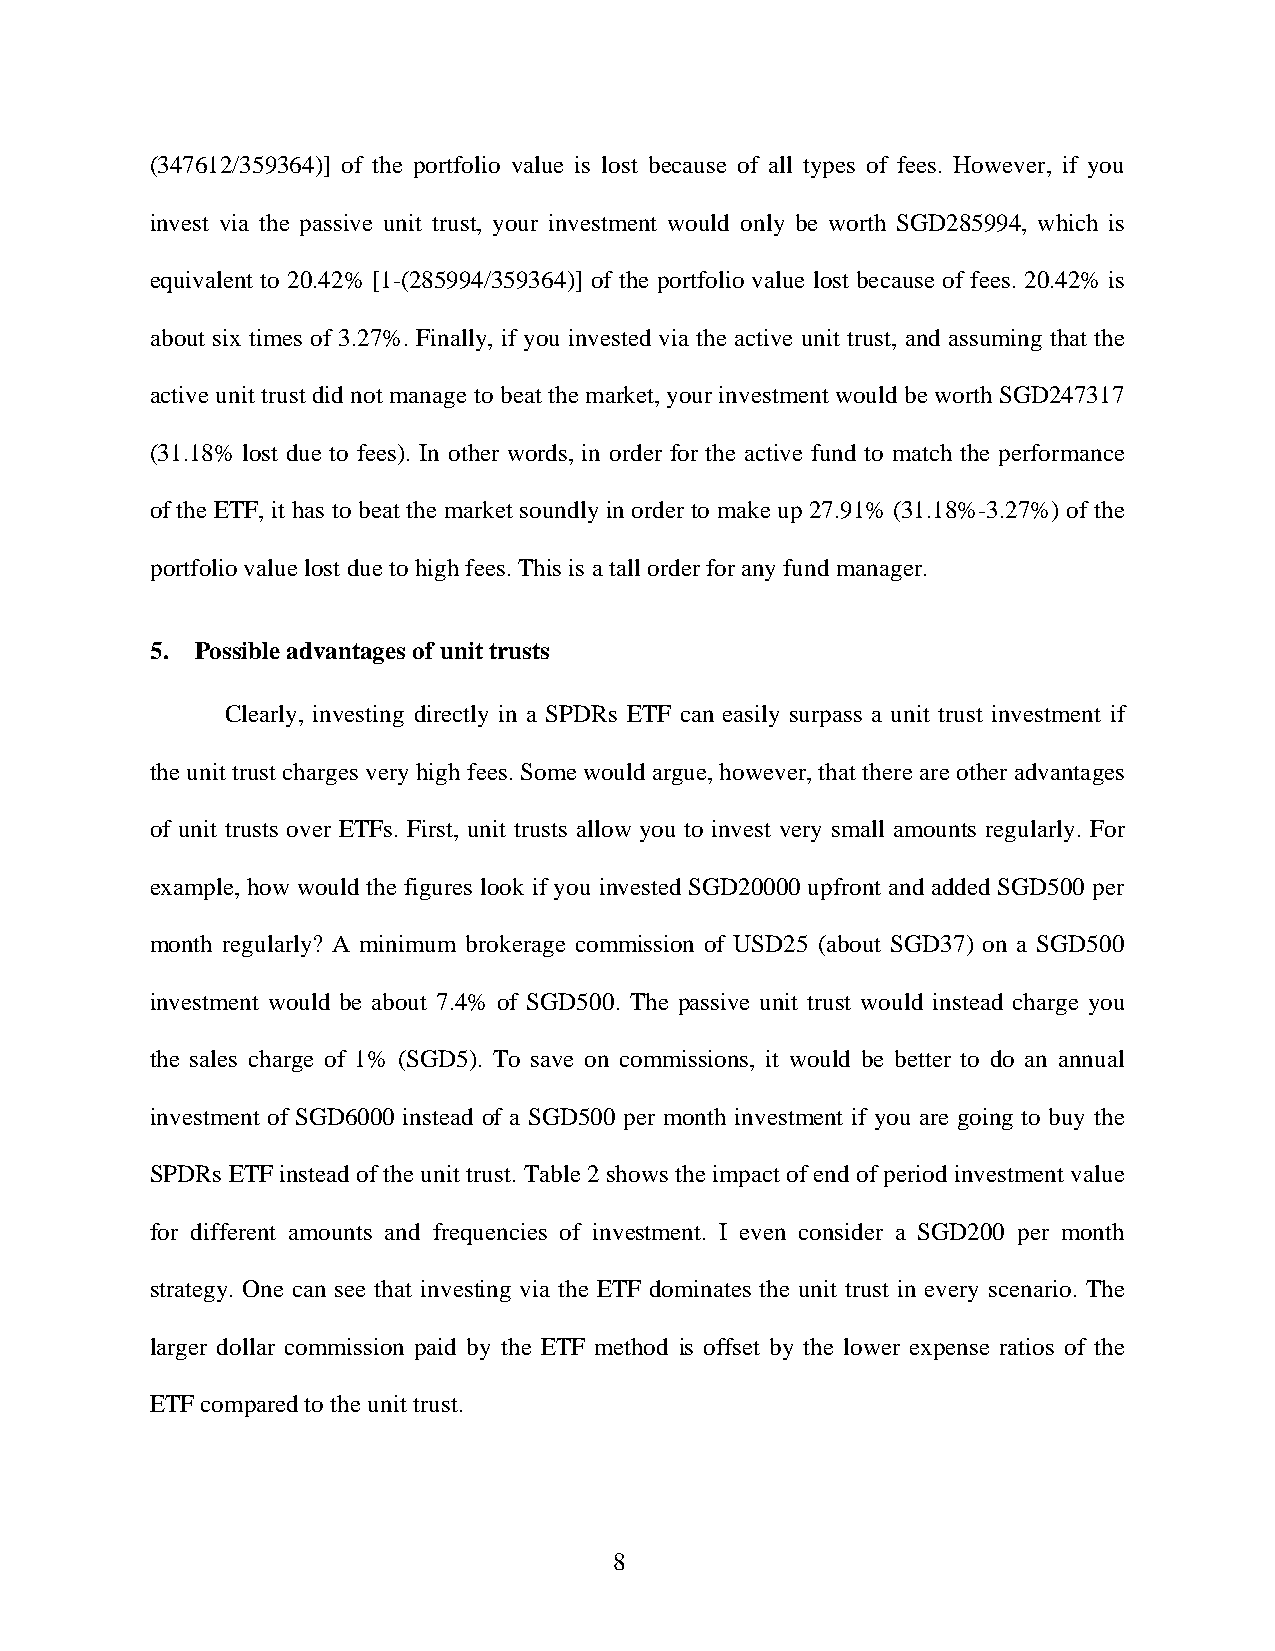
(347612/359364)] of the portfolio value is lost because of all types of fees. However, if you
 invest via the passive unit trust, your investment would only be worth SGD285994, which is
 equivalent to 20.42% [1-(285994/359364)] of the portfolio value lost because of fees. 20.42% is
 about six times of 3.27%. Finally, if you invested via the active unit trust, and assuming that the
 active unit trust did not manage to beat the market, your investment would be worth SGD247317
 (31.18% lost due to fees). In other words, in order for the active fund to match the performance
 of the ETF, it has to beat the market soundly in order to make up 27.91% (31.18%-3.27%) of the
 portfolio value lost due to high fees. This is a tall order for any fund manager.
 5. Possible advantages of unit trusts
 Clearly, investing directly in a SPDRs ETF can easily surpass a unit trust investment if
 the unit trust charges very high fees. Some would argue, however, that there are other advantages
 of unit trusts over ETFs. First, unit trusts allow you to invest very small amounts regularly. For
 example, how would the figures look if you invested SGD20000 upfront and added SGD500 per
 month regularly? A minimum brokerage commission of USD25 (about SGD37) on a SGD500
 investment would be about 7.4% of SGD500. The passive unit trust would instead charge you
 the sales charge of 1% (SGD5). To save on commissions, it would be better to do an annual
 investment of SGD6000 instead of a SGD500 per month investment if you are going to buy the
 SPDRs ETF instead of the unit trust. Table 2 shows the impact of end of period investment value
 for different amounts and frequencies of investment. I even consider a SGD200 per month
 strategy. One can see that investing via the ETF dominates the unit trust in every scenario. The
 larger dollar commission paid by the ETF method is offset by the lower expense ratios of the
 ETF compared to the unit trust.
 8